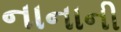
નાનાની